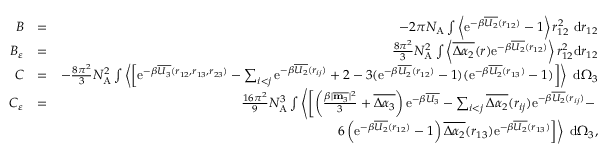
\begin{array} { r l r } { B } & { = } & { - 2 \pi N _ { \mathrm { A } } \int \left\langle \mathrm { e } ^ { - \beta \overline { { U _ { 2 } } } ( r _ { 1 2 } ) } - 1 \right\rangle r _ { 1 2 } ^ { 2 } ~ \mathrm { d } r _ { 1 2 } } \\ { B _ { \varepsilon } } & { = } & { \frac { 8 \pi ^ { 2 } } { 3 } N _ { \mathrm { A } } ^ { 2 } \int \left\langle \overline { { \Delta \alpha _ { 2 } } } ( r ) \mathrm { e } ^ { - \beta \overline { { U _ { 2 } } } ( r _ { 1 2 } ) } \right\rangle r _ { 1 2 } ^ { 2 } \mathrm { d } r _ { 1 2 } } \\ { C } & { = } & { - \frac { 8 \pi ^ { 2 } } { 3 } N _ { \mathrm { A } } ^ { 2 } \int \left\langle \left[ \mathrm { e } ^ { - \beta \overline { { U _ { 3 } } } ( r _ { 1 2 } , r _ { 1 3 } , r _ { 2 3 } ) } - \sum _ { i < j } \mathrm { e } ^ { - \beta \overline { { U _ { 2 } } } ( r _ { i j } ) } + 2 - 3 ( \mathrm { e } ^ { - \beta \overline { { U _ { 2 } } } ( r _ { 1 2 } ) } - 1 ) ( \mathrm { e } ^ { - \beta \overline { { U _ { 2 } } } ( r _ { 1 3 } ) } - 1 ) \right] \right\rangle ~ \mathrm { d } \Omega _ { 3 } } \\ { C _ { \varepsilon } } & { = } & { \frac { 1 6 \pi ^ { 2 } } { 9 } N _ { \mathrm { A } } ^ { 3 } \int \left\langle \left[ \left( \frac { \beta | \overline { { \mathbf { m } _ { 3 } } } | ^ { 2 } } { 3 } + \overline { { \Delta \alpha _ { 3 } } } \right) \mathrm { e } ^ { - \beta \overline { { U _ { 3 } } } } - \sum _ { i < j } \overline { { \Delta \alpha _ { 2 } } } ( r _ { i j } ) \mathrm { e } ^ { - \beta \overline { { U _ { 2 } } } ( r _ { i j } ) } - \right. \right. } \\ & { } & { \left. \left. 6 \left( \mathrm { e } ^ { - \beta \overline { { U _ { 2 } } } ( r _ { 1 2 } ) } - 1 \right) \overline { { \Delta \alpha _ { 2 } } } ( r _ { 1 3 } ) \mathrm { e } ^ { - \beta \overline { { U _ { 2 } } } ( r _ { 1 3 } ) } \right] \right\rangle ~ \mathrm { d } \Omega _ { 3 } , } \end{array}